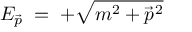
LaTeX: E _ { \vec { p } } \; = \; + { \sqrt { m ^ { 2 } + { \vec { p } } ^ { 2 } } }